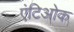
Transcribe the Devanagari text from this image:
एंटिओक